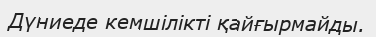
Дүниеде кемшілікті қайғырмайды.